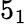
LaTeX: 5_{1}